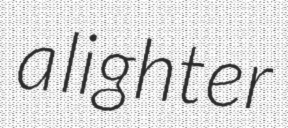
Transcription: a lighter